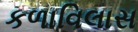
કળાવિલાસ